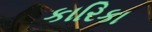
કારિકા